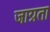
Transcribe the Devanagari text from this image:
जाग्रता